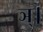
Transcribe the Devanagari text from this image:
ञ्।